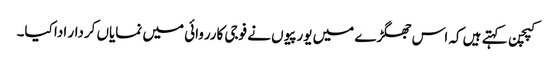
کپچن کہتے ہیں کہ اس جھگڑے میں یورپیوں نے فوجی کارروائی میں نمایاں کردار ادا کیا۔